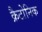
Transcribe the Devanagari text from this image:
क्रैटोनिक